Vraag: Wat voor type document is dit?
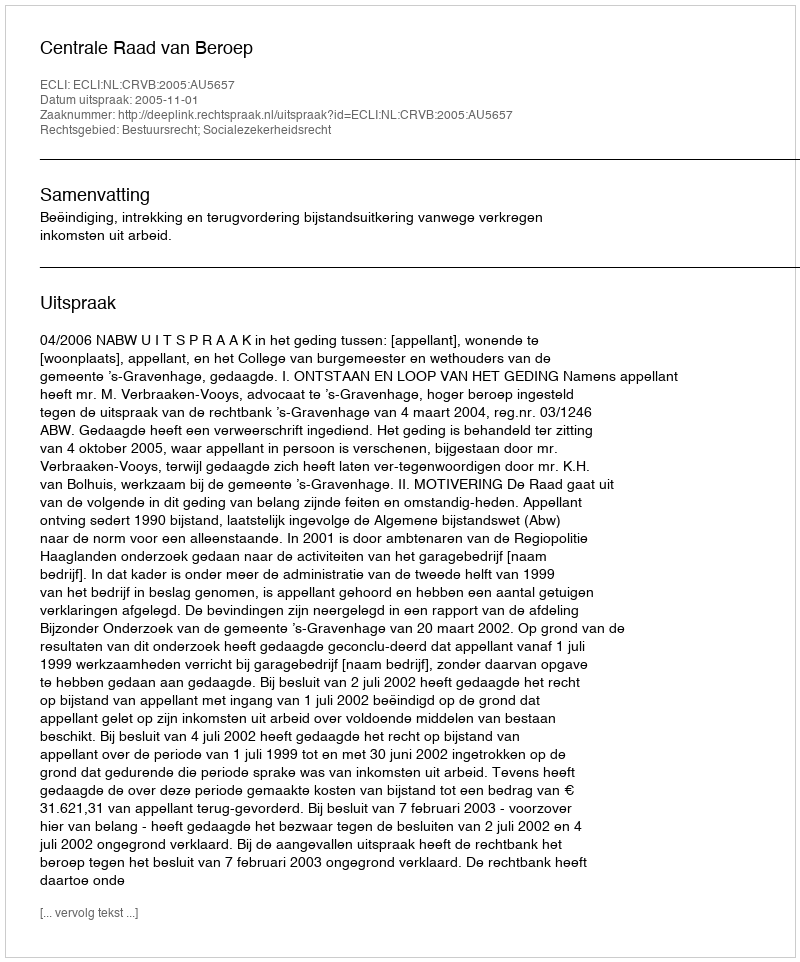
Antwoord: Uitspraak